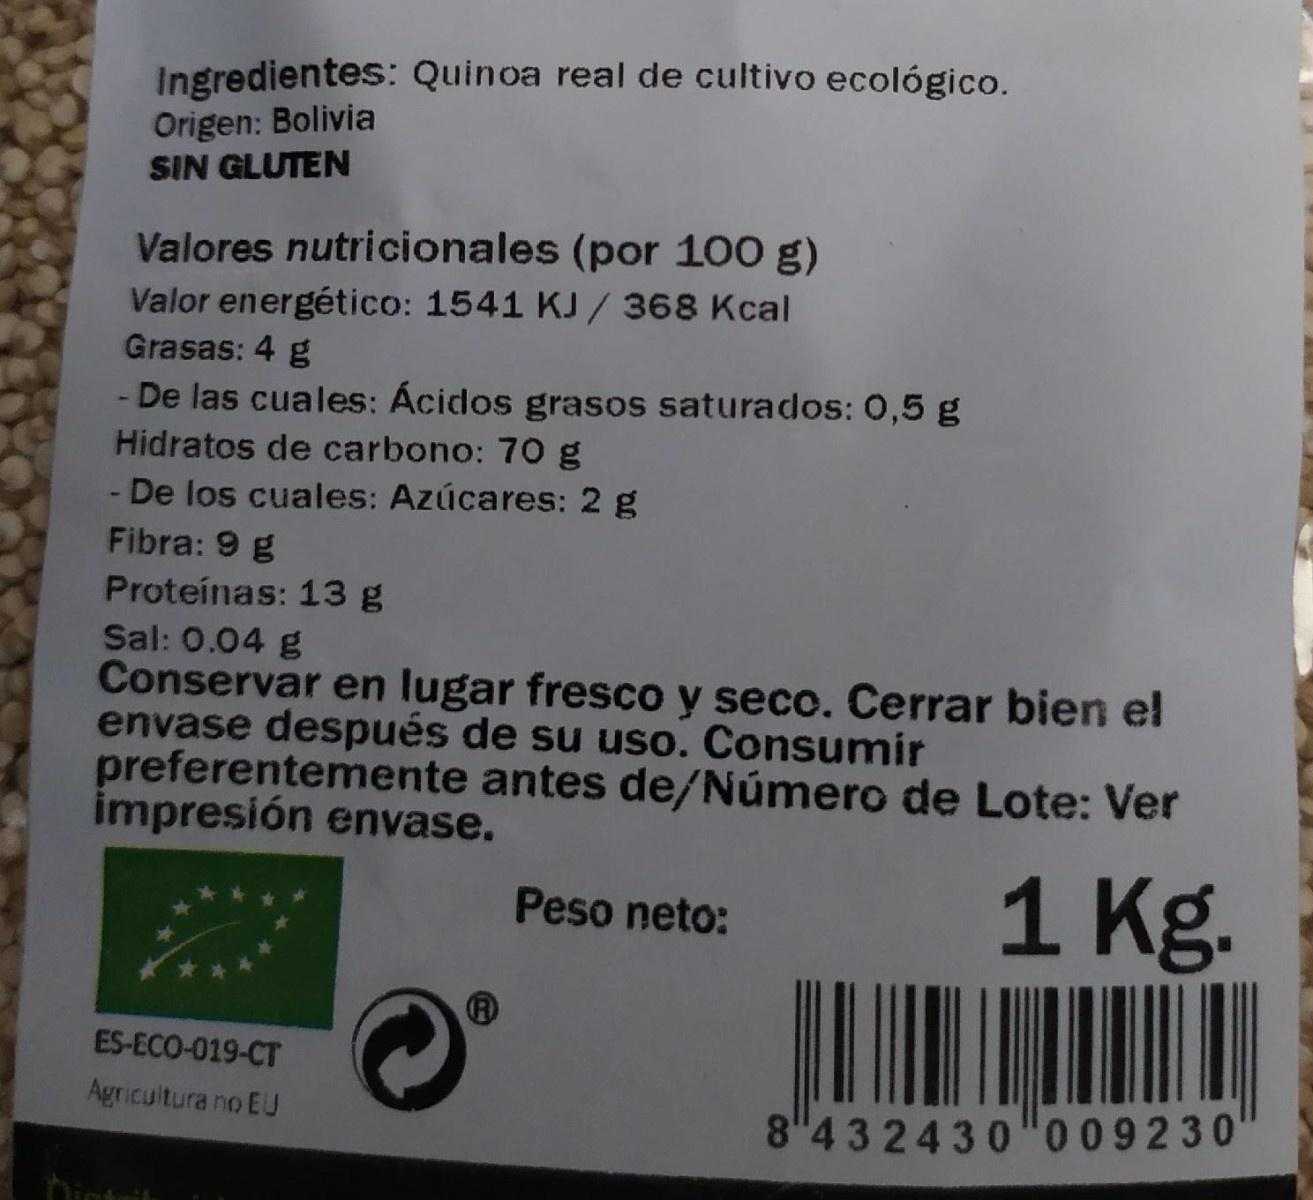
Ingredientes: Quinoa real de cultivo ecológico. Origen: Bolivia SIN GLUTEN
Valores nutricionales (por 100 g)
Valor energético: 1541 KJ / 368 Kcal Grasas: 4 g
- De las cuales: Ácidos grasos saturados: 0,5 g Hidratos de carbono: 70 g De los cuales: Azúcares: 2 g Fibra: 9 g
Proteínas: 13 g Sal: 0.04 g Conservar en lugar fresco y seco. Cerrar bien el envase después de su uso. Consumir preferentemente antes de/Número de Lote: Ver impresión envase.
1 Kg.
Peso neto:
ES-ECO-019-CT
Agricultura no EU
8"4 32430 "009230